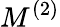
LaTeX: M^{(2)}